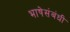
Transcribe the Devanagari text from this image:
भाषेसंबंधी